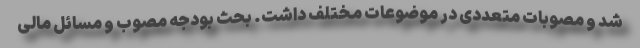
شد و مصوبات متعددی در موضوعات مختلف داشت. بحث بودجه مصوب و مسائل مالی